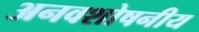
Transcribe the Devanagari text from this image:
अनवशोषनीय